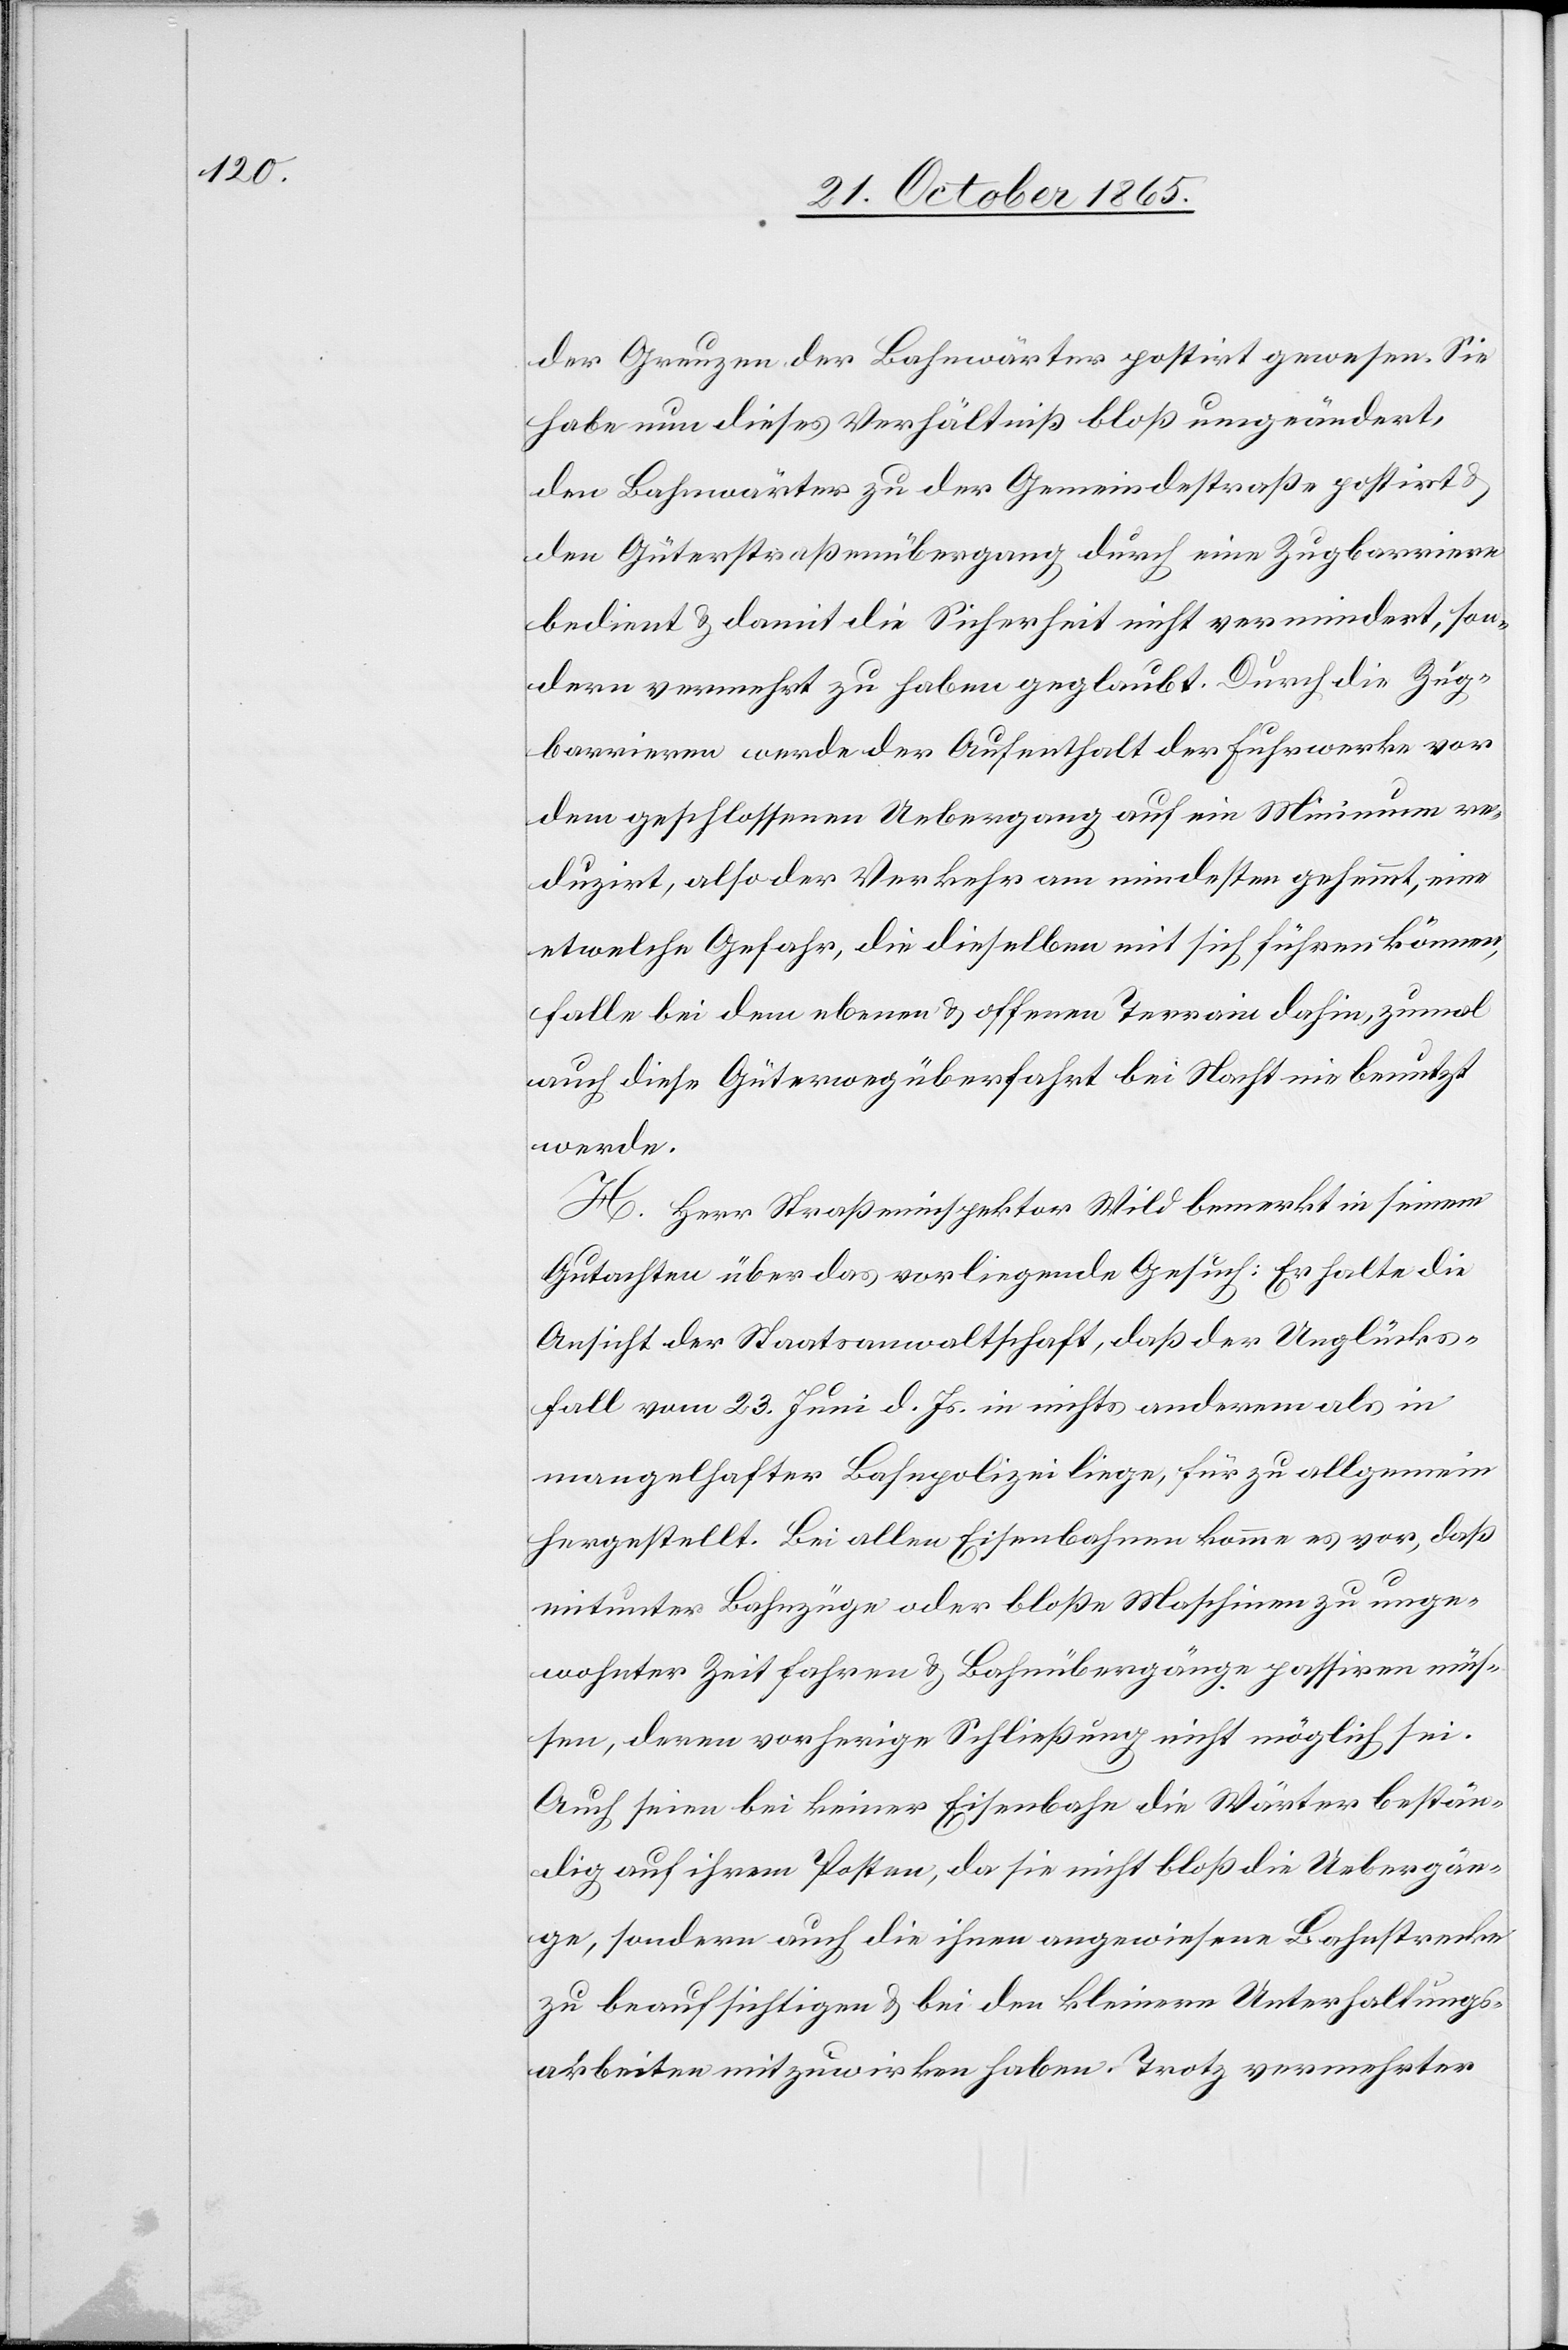
der Greuzen der Bahnwärter postirt gewesen. Sie
habe nun dieses Verhältniß bloß umgeändert,
den Bahnwärter zu der Gemeindestraße postirt &
den Güterstraßenübergang durch eine Zugbarriere
bedient & damit die Sicherheit nicht vermindert, son¬
dern vermehrt zu haben geglaubt. Durch die Zug¬
barrieren werde der Aufenthalt der Fuhrwerke vor
dem geschlossenen Uebergang auf ein Minimum re¬
duzirt, also der Verkehr am mindesten gehemmt, eine
etwelche Gefahr, die dieselben mit sich führen können,
falle bei dem ebenen & offenen Terrain dahin, zumal
auch diese Güterwegüberfahrt bei Nacht nie benutzt
werde.
H. Herr Straßeninspektor Wild bemerkt in seinem
Gutachten über das vorliegende Gesuch; Er halte die
Ansicht der Staatsanwaltschaft, daß der Unglücks¬
fall vom 23. Juni d. Js. in nichts anderem als in
mangelhafter Bahnpolizei liege, für zu allgemein
hergestellt. Bei allen Eisenbahnen komme es vor, daß
mitunter Bahnzüge oder bloße Maschinen zu unge¬
wohnter Zeit fahren & Bahnübergänge passiren müs¬
sen, deren vorherige Schließung nicht möglich sei.
Auch seien bei keiner Eisenbahn die Wärter bestän¬
dig auf ihrem Posten, da sie nicht bloß die Uebergän¬
ge, sondern auch die ihnen angewiesene Bahnstrecke
zu beaufsichtigen & bei den kleinern Unterhaltungs¬
arbeiten mitzuwirken haben. Trotz vermehrter